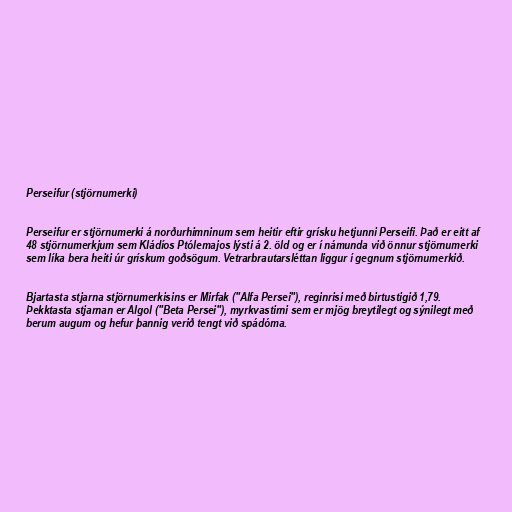
Perseifur (stjörnumerki)

Perseifur er stjörnumerki á norðurhimninum sem heitir eftir grísku hetjunni Perseifi. Það er eitt af
48 stjörnumerkjum sem Kládíos Ptólemajos lýsti á 2. öld og er í námunda við önnur stjörnumerki
sem líka bera heiti úr grískum goðsögum. Vetrarbrautarsléttan liggur í gegnum stjörnumerkið.

Bjartasta stjarna stjörnumerkisins er Mirfak ("Alfa Persei"), reginrisi með birtustigið 1,79.
Þekktasta stjarnan er Algol ("Beta Persei"), myrkvastirni sem er mjög breytilegt og sýnilegt með
berum augum og hefur þannig verið tengt við spádóma.